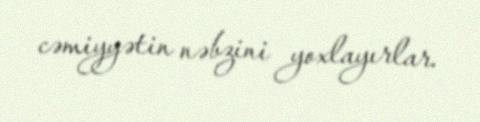
cəmiyyətin nəbzini yoxlayırlar.